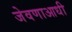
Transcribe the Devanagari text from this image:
जेवणाआधी